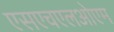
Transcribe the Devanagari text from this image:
एसएचएलओएम